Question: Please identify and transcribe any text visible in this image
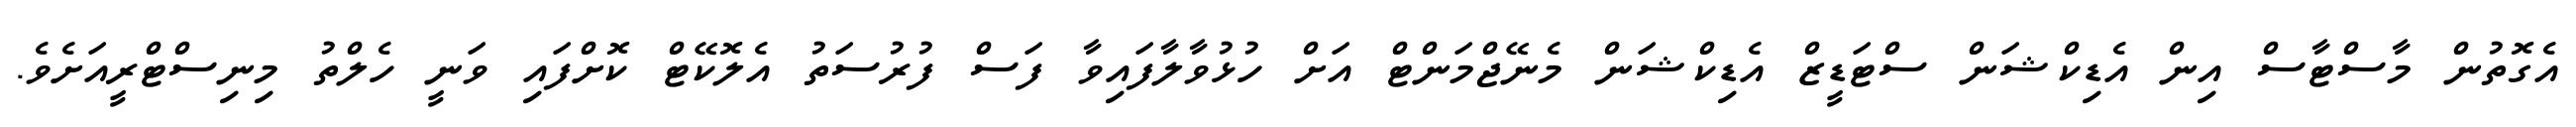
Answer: އެގޮތުން މާސްޓާސް އިން އެޑިކްޝަން ސްޓަޑީޒް އެޑިކްޝަން މެނޭޖްމަންޓް އަށް ހުޅުވާލާފައިވާ ފަސް ފުރުސަތު އެލޮކޭޓް ކޮށްފައި ވަނީ ހެލްތު މިނިސްޓްރީއަށެވެ.